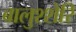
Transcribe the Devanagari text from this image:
बालुश्शेरि